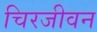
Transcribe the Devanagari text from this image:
चिरजीवन